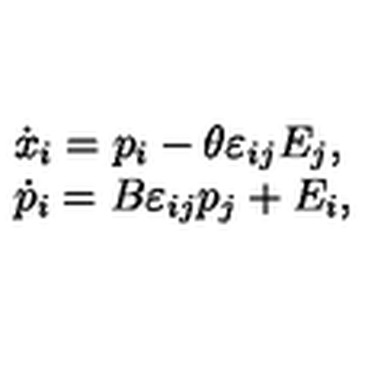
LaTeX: \begin{array} { l l } { \dot { x } _ { i } = p _ { i } - \theta \varepsilon _ { i j } E _ { j } , } \\ { \dot { p } _ { i } = B \varepsilon _ { i j } p _ { j } + E _ { i } , } \\ \end{array}